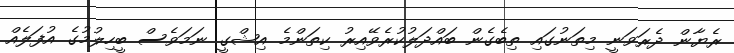
ރެޔާން ދެރަވަނީ މިތަނުގައި ތިބެގެން ބައްދަލުކުރެވޭއިރު ކިތަންމެ އިޝްގީ ނަމަވެސް ބީހިލުމުގެ އުފަލެއް